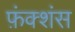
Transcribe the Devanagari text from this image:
फ़ंक्शंस